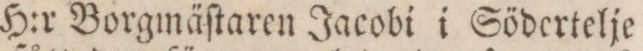
H:r Borgmäſtaren Jacobi i Södcrtelje